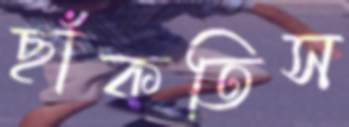
ছাঁকতিস